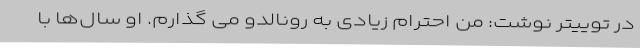
در توییتر نوشت: من احترام زیادی به رونالدو می گذارم. او سال‌ها با